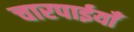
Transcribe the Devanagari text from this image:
चारपाईयाँ